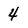
Character: 4